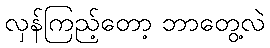
လှန်ကြည့်တော့ ဘာတွေ့လဲ